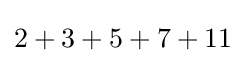
2+3+5+7+11